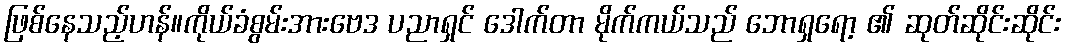
ဖြစ်နေသည့်ဟန်။ကိုယ်ခံစွမ်းအားဗေဒ ပညာရှင် ဒေါက်တာ မိုက်ကယ်သည် ဘောရှရော့ ၏ ဆုတ်ဆိုင်းဆိုင်း